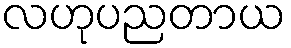
လဟုပညတာယ